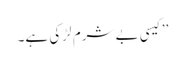
’’کیسی بے شرم لڑکی ہے۔